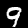
Digit: 9